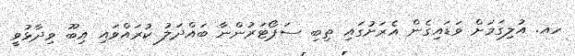
ހއ. އުލިގަމަށް ވަޑައިގެން އެރަށުގައި ތިބި ސަޕޯޓަރުންނާ ބައްދަލު ކުރައްވައި އިބޫ ވިދާޅުވީ